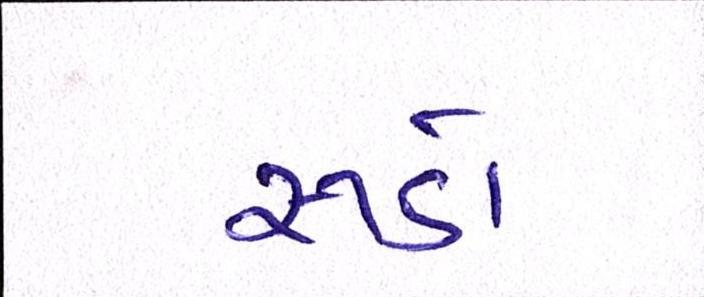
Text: રૂડો